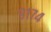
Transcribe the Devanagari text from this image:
९१७४